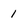
Character: 1